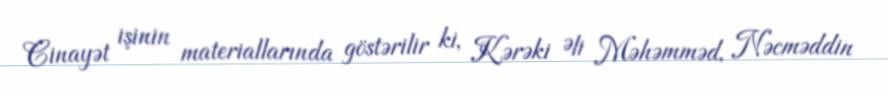
Cinayət işinin materiallarında göstərilir ki, Kərəki Əli Məhəmməd, Nəcməddin